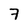
Character: 7